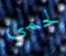
لحمي